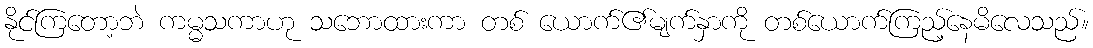
နိုင်ကြတော့ဘဲ ကမ္မသကာဟု သဘောထားကာ တစ် ယောက်၏မျက်နှာကို တစ်ယောက်ကြည့်နေမိလေသည်။